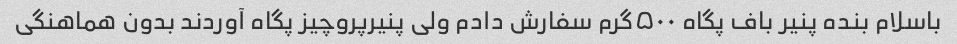
باسلام بنده پنیر باف پگاه ۵۰۰گرم سفارش دادم ولی پنیرپروچیز پگاه آوردند بدون هماهنگی